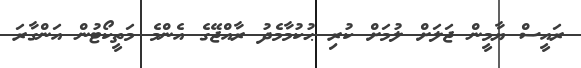
ރައީސް ޔާމީން ޖަލަށް ލުމަށް ކުރި ޙުކުމާމެދު ރާއްޖޭގެ އެންމެ މަތީކޯޓުން އަންގާރަ